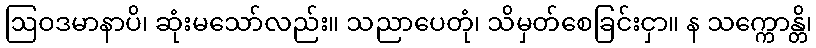
ဩဝဒမာနာပိ၊ ဆုံးမသော်လည်း။ သညာပေတုံ၊ သိမှတ်စေခြင်းငှာ။ န သက္ကောန္တိ၊